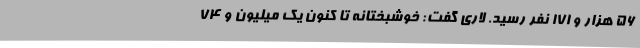
56 هزار و 171 نفر رسید. لاری گفت: خوشبختانه تا کنون یک میلیون و 74